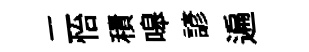
二怡積嗥諺遍